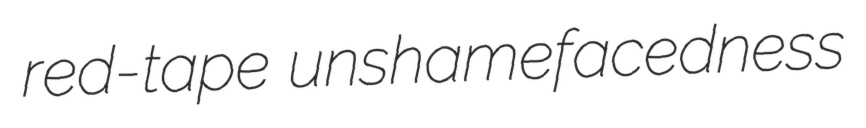
red-tape unshamefacedness